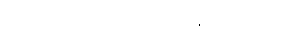
ဒီဟာလည်း စာရင်းထဲမှာ ထည့်ပေးပါ။